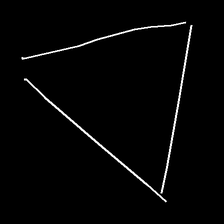
Glyph: convergence